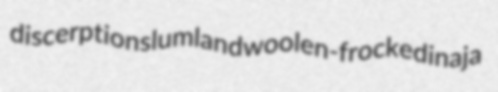
discerption slumland woolen-frocked inaja